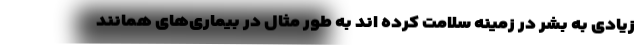
زیادی به بشر در زمینه سلامت کرده اند به طور مثال در بیماری‌های همانند